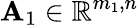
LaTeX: \mathbf{A}_{1}\in\mathbb{{R}}^{m_{1},n}